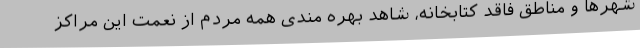
شهرها و مناطق فاقد کتابخانه، شاهد بهره مندی همه مردم از نعمت این مراکز